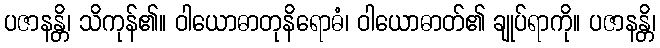
ပဇာနန္တိ၊ သိကုန်၏။ ဝါယောဓာတုနိရောဓံ၊ ဝါယောဓာတ်၏ ချုပ်ရာကို။ ပဇာနန္တိ၊